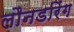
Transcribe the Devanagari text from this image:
लौनडरिंग